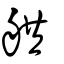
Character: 舼